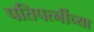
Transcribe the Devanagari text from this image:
पतिपत्‍नींच्या